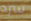
سرد